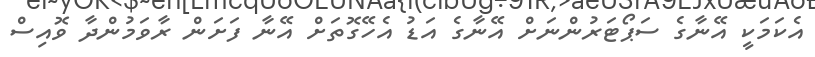
އެކަމަކީ އޭނާގެ ސަޕޯޓަރުންނަށް އޭނާގެ އަޑު އެހޭގޮތަށް އޭނާ ފަށަން ރާވަމުންދާ ވޮއިސް